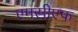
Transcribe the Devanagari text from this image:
एमसीएफ